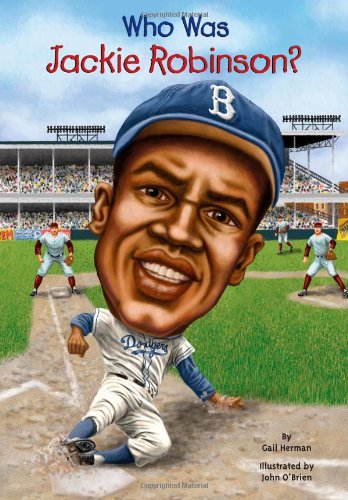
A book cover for Who Was Jackie Robinson?; Gail Herman; Children's Books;